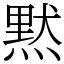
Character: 黙